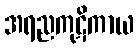
အရညကုဋိကာယ